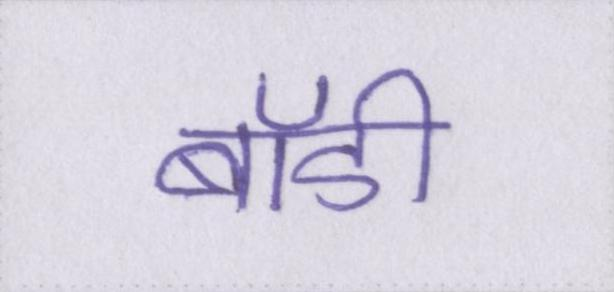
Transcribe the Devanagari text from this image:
बॉडी